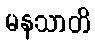
မနသာတိ